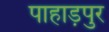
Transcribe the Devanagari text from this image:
पाहाड़पुर